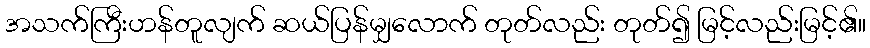
အသက်ကြီးဟန်တူလျက် ဆယ်ပြန်မျှလောက် တုတ်လည်း တုတ်၍ မြင့်လည်းမြင့်၏။